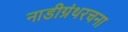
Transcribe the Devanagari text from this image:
नाडीग्रंथरचना